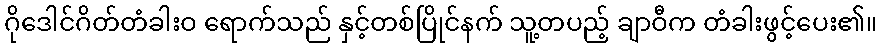
ဂိုဒေါင်ဂိတ်တံခါးဝ ရောက်သည် နှင့်တစ်ပြိုင်နက် သူ့တပည့် ချာဝီက တံခါးဖွင့်ပေး၏။